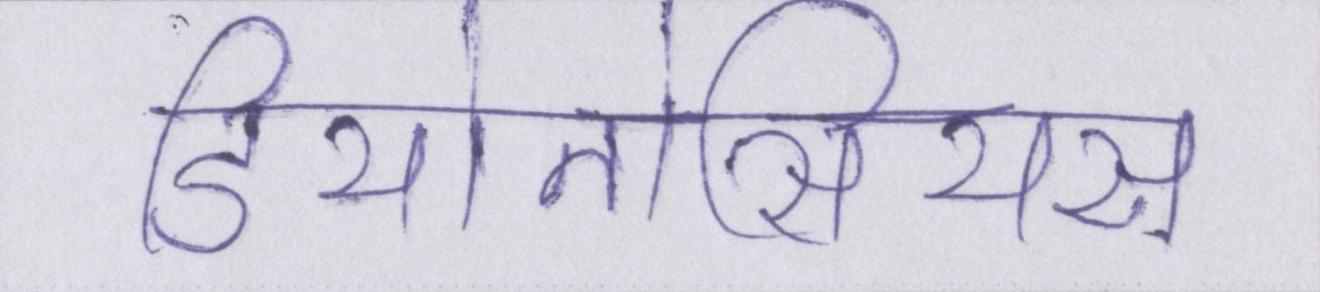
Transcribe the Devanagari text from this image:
डियोनोसियस